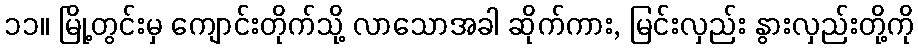
၁၁။ မြို့တွင်းမှ ကျောင်းတိုက်သို့ လာသောအခါ ဆိုက်ကား, မြင်းလှည်း နွားလှည်းတို့ကို